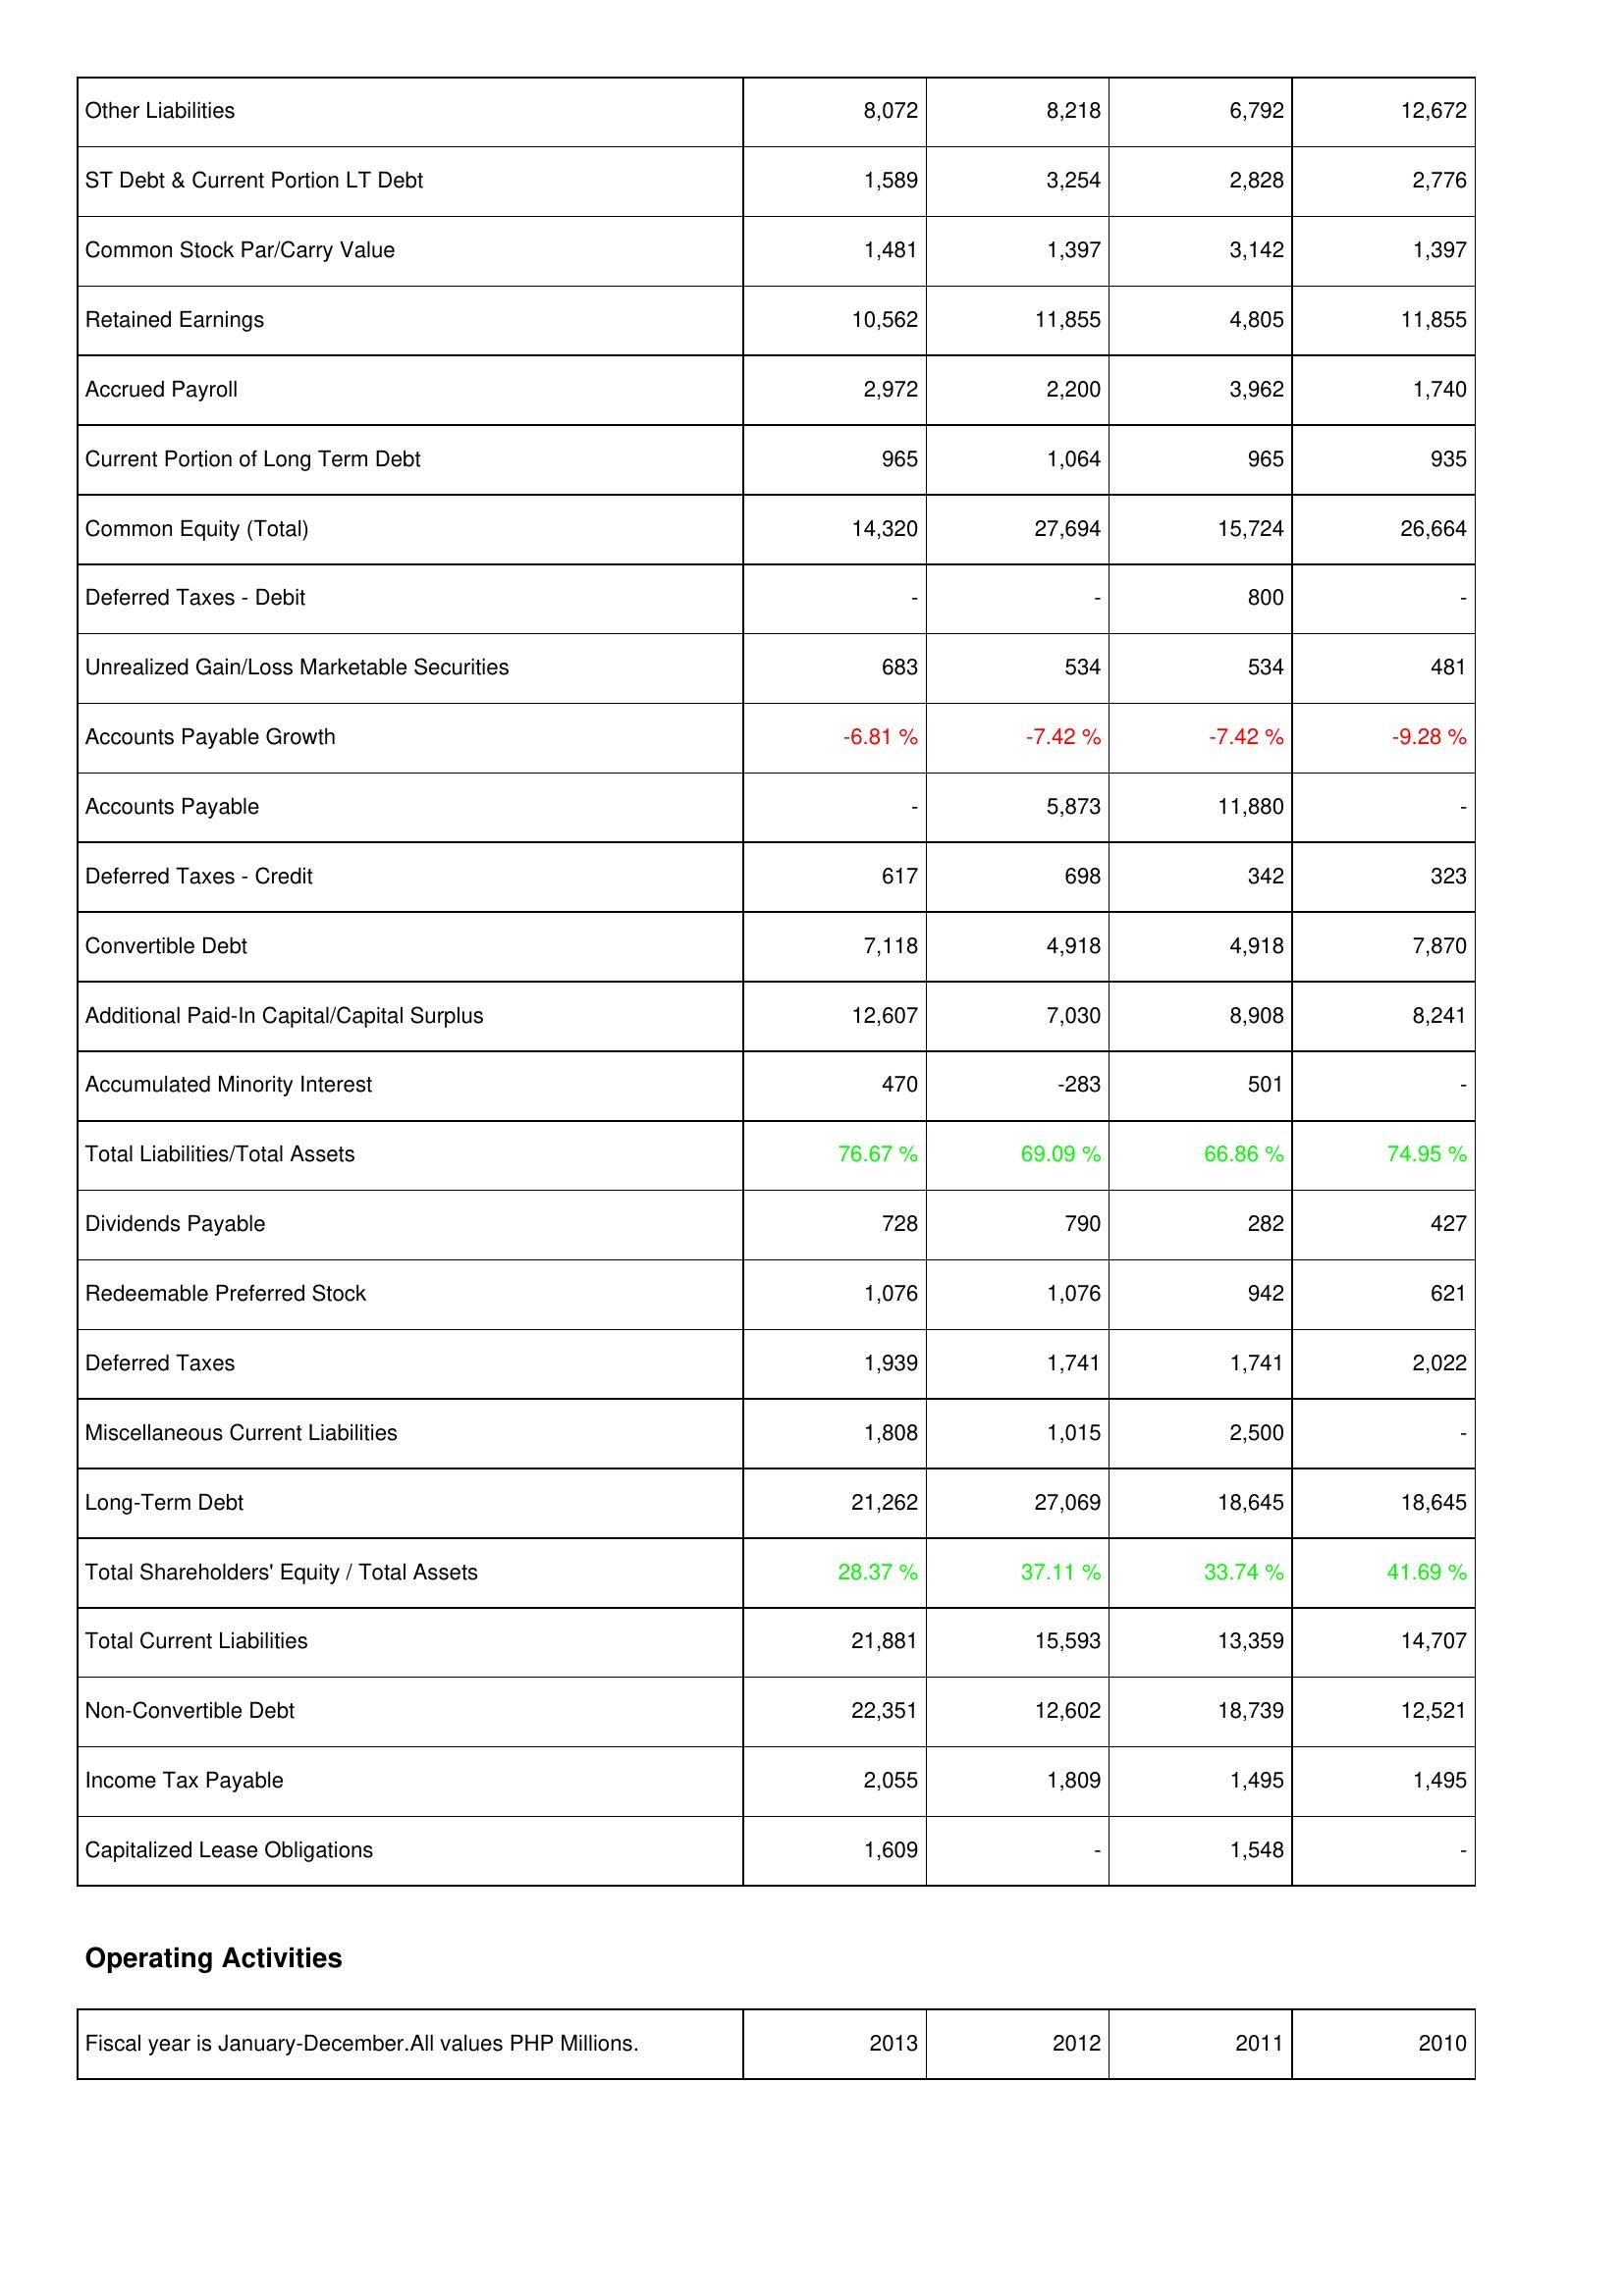
2013: Liabilities & Shareholders' Equity: Other Liabilities: 8,072
ST Debt & Current Portion LT Debt: 1,589
Common Stock Par/Carry Value: 1,481
Retained Earnings: 10,562
Accrued Payroll: 2,972
Current Portion of Long Term Debt: 965
Common Equity (Total): 14,320
Deferred Taxes - Debit: -
Unrealized Gain/Loss Marketable Securities: 683
Accounts Payable Growth: -6.81 %
Accounts Payable: -
Deferred Taxes - Credit: 617
Convertible Debt: 7,118
Additional Paid-In Capital/Capital Surplus: 12,607
Accumulated Minority Interest: 470
Total Liabilities/Total Assets: 76.67 %
Dividends Payable: 728
Redeemable Preferred Stock: 1,076
Deferred Taxes: 1,939
Miscellaneous Current Liabilities: 1,808
Long-Term Debt: 21,262
Total Shareholders' Equity / Total Assets: 28.37 %
Total Current Liabilities: 21,881
Non-Convertible Debt: 22,351
Income Tax Payable: 2,055
Capitalized Lease Obligations: 1,609
2012: Liabilities & Shareholders' Equity: Other Liabilities: 8,218
ST Debt & Current Portion LT Debt: 3,254
Common Stock Par/Carry Value: 1,397
Retained Earnings: 11,855
Accrued Payroll: 2,200
Current Portion of Long Term Debt: 1,064
Common Equity (Total): 27,694
Deferred Taxes - Debit: -
Unrealized Gain/Loss Marketable Securities: 534
Accounts Payable Growth: -7.42 %
Accounts Payable: 5,873
Deferred Taxes - Credit: 698
Convertible Debt: 4,918
Additional Paid-In Capital/Capital Surplus: 7,030
Accumulated Minority Interest: -283
Total Liabilities/Total Assets: 69.09 %
Dividends Payable: 790
Redeemable Preferred Stock: 1,076
Deferred Taxes: 1,741
Miscellaneous Current Liabilities: 1,015
Long-Term Debt: 27,069
Total Shareholders' Equity / Total Assets: 37.11 %
Total Current Liabilities: 15,593
Non-Convertible Debt: 12,602
Income Tax Payable: 1,809
Capitalized Lease Obligations: -
2011: Liabilities & Shareholders' Equity: Other Liabilities: 6,792
ST Debt & Current Portion LT Debt: 2,828
Common Stock Par/Carry Value: 3,142
Retained Earnings: 4,805
Accrued Payroll: 3,962
Current Portion of Long Term Debt: 965
Common Equity (Total): 15,724
Deferred Taxes - Debit: 800
Unrealized Gain/Loss Marketable Securities: 534
Accounts Payable Growth: -7.42 %
Accounts Payable: 11,880
Deferred Taxes - Credit: 342
Convertible Debt: 4,918
Additional Paid-In Capital/Capital Surplus: 8,908
Accumulated Minority Interest: 501
Total Liabilities/Total Assets: 66.86 %
Dividends Payable: 282
Redeemable Preferred Stock: 942
Deferred Taxes: 1,741
Miscellaneous Current Liabilities: 2,500
Long-Term Debt: 18,645
Total Shareholders' Equity / Total Assets: 33.74 %
Total Current Liabilities: 13,359
Non-Convertible Debt: 18,739
Income Tax Payable: 1,495
Capitalized Lease Obligations: 1,548
2010: Liabilities & Shareholders' Equity: Other Liabilities: 12,672
ST Debt & Current Portion LT Debt: 2,776
Common Stock Par/Carry Value: 1,397
Retained Earnings: 11,855
Accrued Payroll: 1,740
Current Portion of Long Term Debt: 935
Common Equity (Total): 26,664
Deferred Taxes - Debit: -
Unrealized Gain/Loss Marketable Securities: 481
Accounts Payable Growth: -9.28 %
Accounts Payable: -
Deferred Taxes - Credit: 323
Convertible Debt: 7,870
Additional Paid-In Capital/Capital Surplus: 8,241
Accumulated Minority Interest: -
Total Liabilities/Total Assets: 74.95 %
Dividends Payable: 427
Redeemable Preferred Stock: 621
Deferred Taxes: 2,022
Miscellaneous Current Liabilities: -
Long-Term Debt: 18,645
Total Shareholders' Equity / Total Assets: 41.69 %
Total Current Liabilities: 14,707
Non-Convertible Debt: 12,521
Income Tax Payable: 1,495
Capitalized Lease Obligations: -